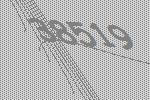
38519